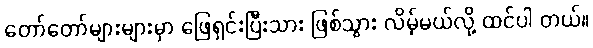
တော်တော်များများမှာ ဖြေရှင်းပြီးသား ဖြစ်သွား လိမ့်မယ်လို့ ထင်ပါ တယ်။